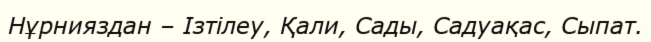
Нұрнияздан – Ізтілеу, Қали, Сады, Садуақас, Сыпат.